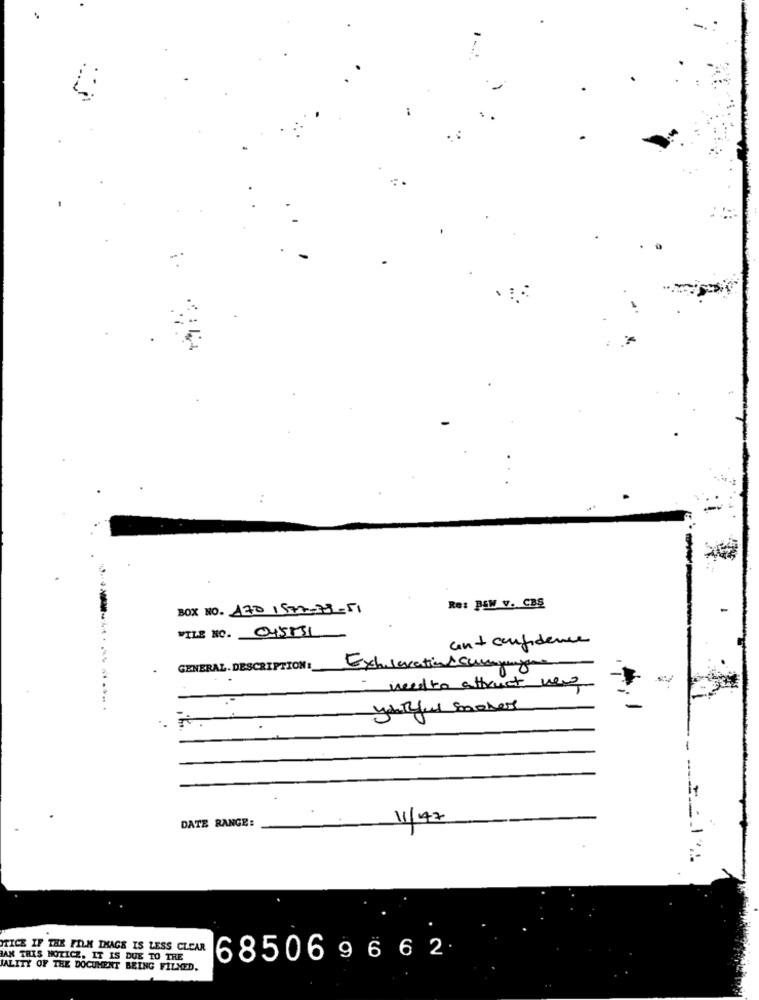
-
BOX NO. 170 1572-73-51
Re: BEW V. CBS
VILE NO. 045551
an + confidence
GENERAL. DESCRIPTION :_
Exhilaration & curygame
needto attract weg
:
DATE RANGE:
11/47
TICE IF THE FILM IMAGE IS LESS CLEAR
JAN TRIS HOTICE, IT IS DUE TO TRE
685069662
IALITY OF THE DOCUMENT BEING FILMED.